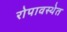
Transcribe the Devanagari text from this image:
रोपावस्थेत